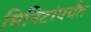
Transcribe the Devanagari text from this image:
मिनिटांपर्यंत